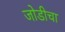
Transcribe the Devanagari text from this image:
जोडीचा